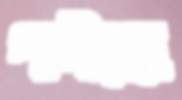
পানীয়র